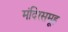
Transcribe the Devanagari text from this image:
मंदिरसमूह